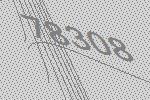
78308